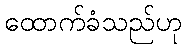
ထောက်ခံသည်ဟု